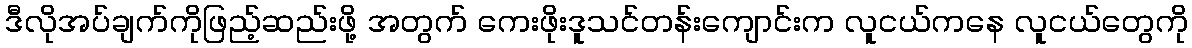
ဒီလိုအပ်ချက်ကိုဖြည့်ဆည်းဖို့ အတွက် ကေးဖိုးဒူသင်တန်းကျောင်းက လူငယ်ကနေ လူငယ်တွေကို